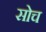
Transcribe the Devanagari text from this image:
सोच